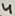
Text: 4